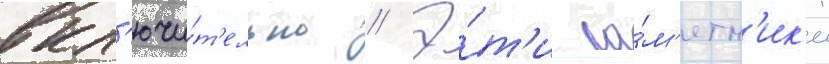
вкл'ючи́т'ельно // Э́т'и па́м'ятн'ик'и